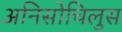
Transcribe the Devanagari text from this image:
अनिसोचिलुस